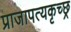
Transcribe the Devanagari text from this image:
प्राजापत्यकृच्छ्र